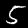
Digit: 5